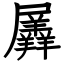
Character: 羼